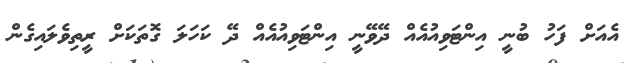
އެއަށް ފަހު ބުނީ އިންޓަވިއުއެއް ދޭވޭނީ އިންޓަވިއުއެއް ދޭ ކަހަލަ ގޮތަކަށް ރީތިވެލައިގެން